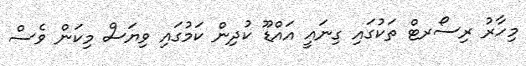
މިހާރު ރިސޯރޓް ތަކުގައި ގިނައީ އައްޑޫ ކުދިން ކަމުގައި ވިޔަސް މިކަން ވެސް